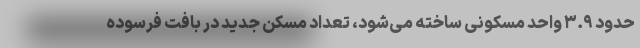
حدود ۳.۹ واحد مسکونی ساخته می‌شود، تعداد مسکن جدید در بافت فرسوده